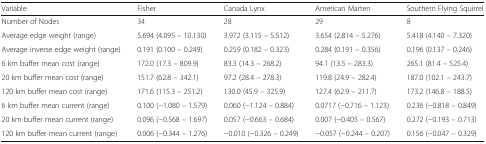
<table><thead><tr><td><b>Variable</b></td><td><b>Fisher</b></td><td><b>Canada Lynx</b></td><td><b>American Marten</b></td><td><b>Southern Flying Squirrel</b></td></tr></thead><tbody><tr><td>Number of Nodes</td><td>34</td><td>28</td><td>29</td><td>8</td></tr><tr><td>Average edge weight (range)</td><td>5.694 (4.095 – 10.130)</td><td>3.972 (3.115 – 5.512)</td><td>3.654 (2.814 – 5.276)</td><td>5.418 (4.140 – 7.320)</td></tr><tr><td>Average inverse edge weight (range)</td><td>0.191 (0.100 – 0.249)</td><td>0.259 (0.182 – 0.323)</td><td>0.284 (0.191 – 0.356)</td><td>0.196 (0.137 – 0.246)</td></tr><tr><td>6 km buffer mean cost (range)</td><td>172.0 (17.3 – 809.9)</td><td>83.3 (14.3 – 268.2)</td><td>94.1 (13.5 – 283.3)</td><td>265.1 (81.4 – 525.4)</td></tr><tr><td>20 km buffer mean cost (range)</td><td>151.7 (62.8 – 342.1)</td><td>97.2 (28.4 – 278.3)</td><td>119.8 (24.9 – 282.4)</td><td>187.0 (102.1 – 243.7)</td></tr><tr><td>120 km buffer mean cost (range)</td><td>171.6 (115.3 – 251.2)</td><td>130.0 (45.9 – 325.9)</td><td>127.4 (62.9 – 211.7)</td><td>173.2 (146.8 – 188.5)</td></tr><tr><td>6 km buffer mean current (range)</td><td>0.100 (−1.080 – 1.579)</td><td>0.060 (−1.124 – 0.884)</td><td>0.0717 (−0.716 – 1.123)</td><td>0.236 (−0.818 – 0.849)</td></tr><tr><td>20 km buffer mean current (range)</td><td>0.096 (−0.568 – 1.697)</td><td>0.057 (−0.663 – 0.684)</td><td>0.007 (−0.405 – 0.567)</td><td>0.272 (−0.193 – 0.713)</td></tr><tr><td>120 km buffer mean current (range)</td><td>0.006 (−0.344 – 1.276)</td><td>−0.010 (−0.326 – 0.249)</td><td>−0.057 (−0.244 – 0.207)</td><td>0.156 (−0.047 – 0.329)</td></tr></tbody></table>